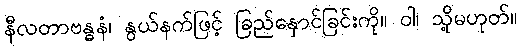
နီလတာဗန္ဓနံ၊ နွယ်နက်ဖြင့် ခြည်နှောင်ခြင်းကို။ ဝါ၊ သို့မဟုတ်။